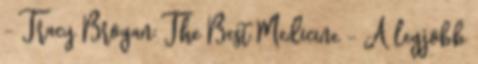
- Tracy Brogan: The Best Medicine - A legjobb